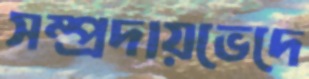
সম্প্রদায়ভেদে